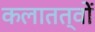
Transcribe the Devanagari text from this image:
कलातत्वों